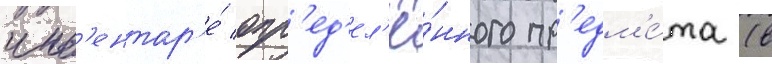
инв'ентар'е́ опр'ед'ел'ё́нного пр'едм'е́та (в